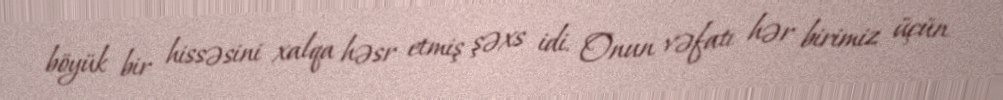
böyük bir hissəsini xalqa həsr etmiş şəxs idi. Onun vəfatı hər birimiz üçün